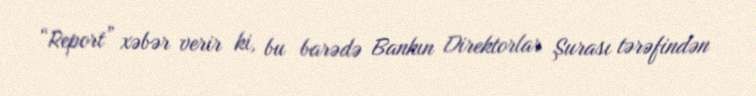
“Report” xəbər verir ki, bu barədə Bankın Direktorlar Şurası tərəfindən